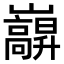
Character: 巐